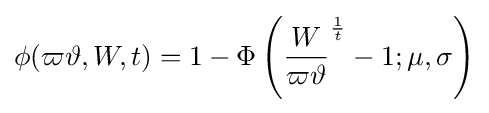
\phi (\varpi \vartheta ,W,t)=1-\Phi \left({\frac {W}{\varpi \vartheta }}^{\frac {1}{t}}-1;\mu ,\sigma \right)